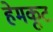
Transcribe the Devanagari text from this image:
हेमकूटं